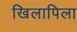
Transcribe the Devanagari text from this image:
खिलापिला